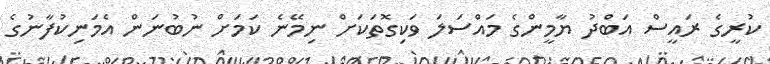
ކުރީގެ ރައީސް އަބްދު ޔާމީންގެ މައްސަލަ ވަކިގޮތަކަށް ނިމޭނެ ކަމަށް ނުބުނަން އެމަނިކުފާނުގެ